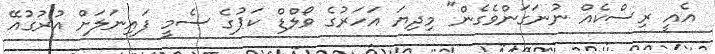
އެއީ ރިސްކެއް ނުނަގަންވެގެން" މިދިޔަ އަހަރުގެ ވޯލްޑް ކަޕުގެ ސެމީ ފައިނަލަށް އުރުގުއޭ